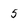
Character: 5